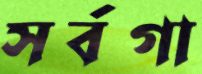
সর্বগা